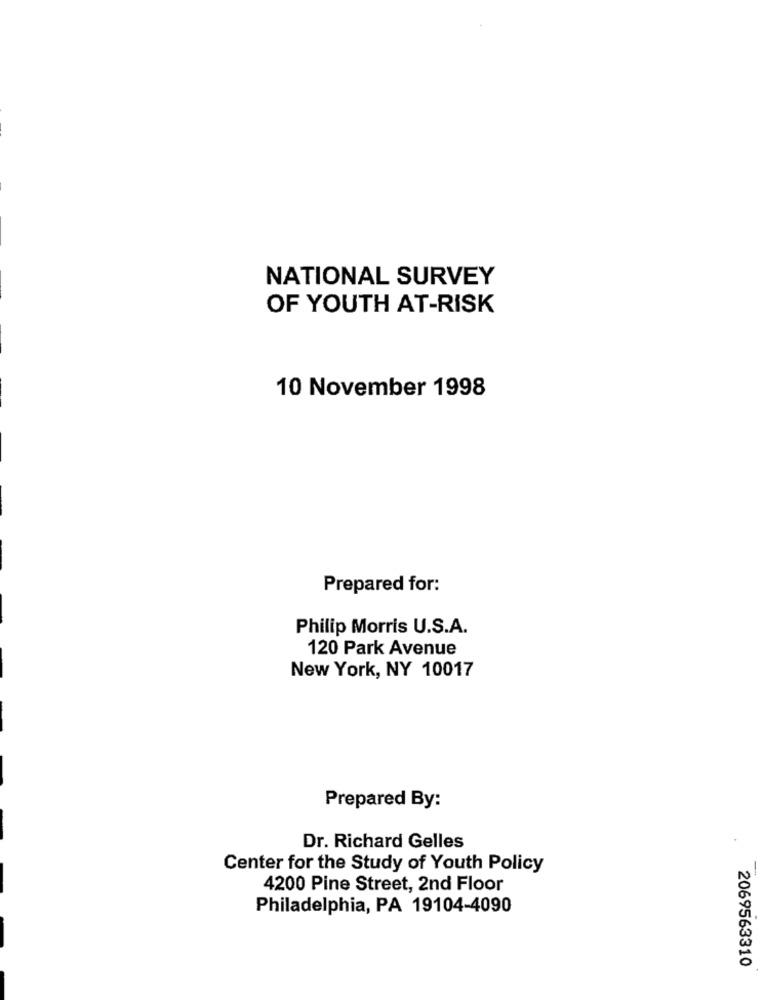
NATIONAL SURVEY
OF YOUTH AT-RISK
10 November 1998
Prepared for:
Philip Morris U.S.A.
120 Park Avenue
New York, NY 10017
Prepared By:
Dr. Richard Gelles
Center for the Study of Youth Policy
4200 Pine Street, 2nd Floor
Philadelphia, PA 19104-4090
2069563310